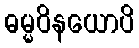
ဓမ္မဝိနယောပိ